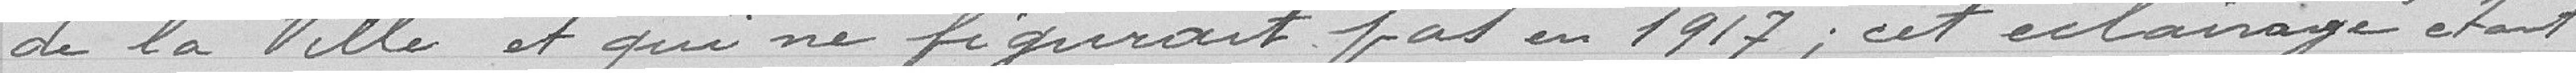
de la ville et qui ne figurait pas en 1917 ; cet éclairage étant